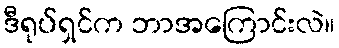
ဒီရုပ်ရှင်က ဘာအကြောင်းလဲ။